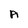
Character: A